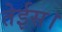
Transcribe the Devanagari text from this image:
तेईस।